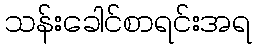
သန်းခေါင်စာရင်းအရ